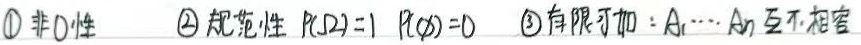
\textcircled{1} 非负性
\textcircled{2} 规范性：\(P(\Omega)=1\)，\(P(\varnothing)=0\)
\textcircled{3} 有限可加：\(A_1,\cdots,A_n\)互不相容